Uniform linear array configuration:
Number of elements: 8
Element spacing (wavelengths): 0.75
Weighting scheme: blackman
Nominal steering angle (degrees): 45
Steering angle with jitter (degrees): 46.032
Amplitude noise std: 0.05
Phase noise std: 0.05

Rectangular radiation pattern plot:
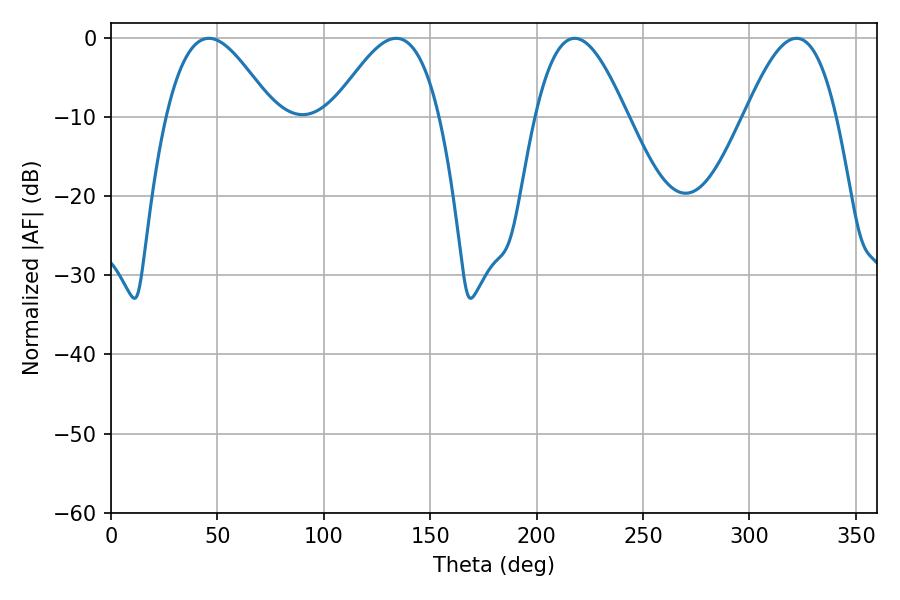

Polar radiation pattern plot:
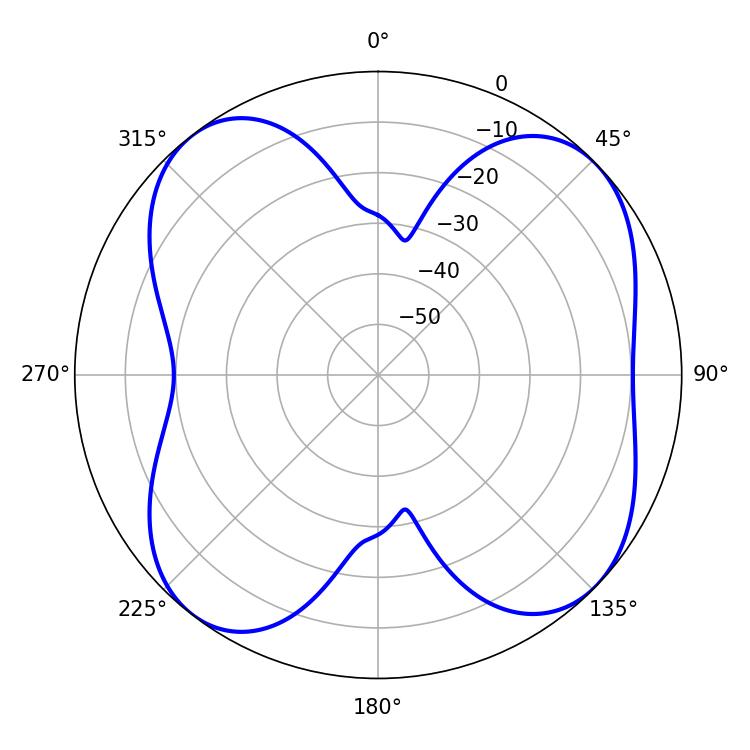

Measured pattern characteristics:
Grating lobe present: TRUE
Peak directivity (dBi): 9.242
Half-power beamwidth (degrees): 27.18
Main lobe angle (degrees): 45.9